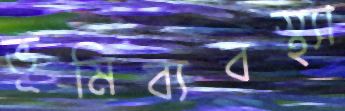
ভূমিব্যবস্থ্যা